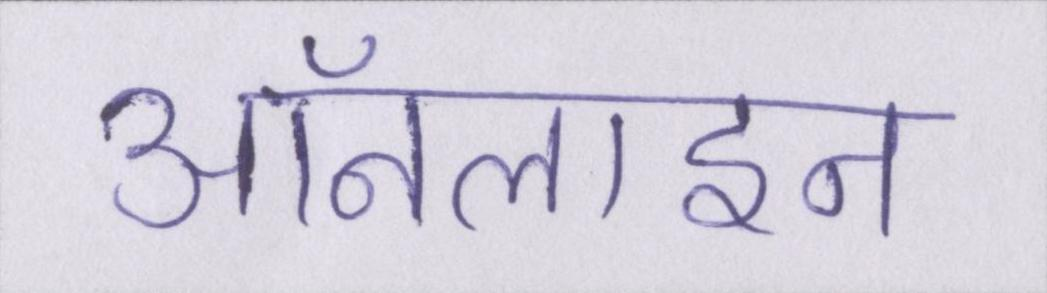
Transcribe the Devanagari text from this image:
ऑनलाइन